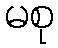
မစု